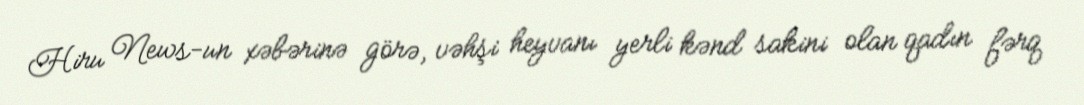
Hiru News-un xəbərinə görə, vəhşi heyvanı yerli kənd sakini olan qadın fərq